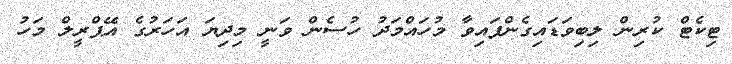
ޓިކެޓް ކުރިން ލިބިވަޑައިގެންފައިވާ މުހައްމަދު ހުސެން ވަނީ މިދިޔަ އަހަރުގެ އޭޕްރީލް މަހު